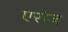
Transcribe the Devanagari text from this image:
एरोज